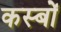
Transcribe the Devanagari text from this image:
कस्‍बों